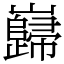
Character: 巋